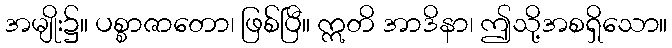
အမျိုး၌။ ပစ္စာဇာတော၊ ဖြစ်ပြီ။ ဣတိ အာဒိနာ၊ ဤသို့အစရှိသော။